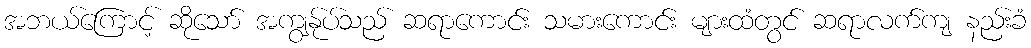
အဘယ်ကြောင့် ဆိုသော် အကျွန်ုပ်သည် ဆရာကောင်း သမားကောင်း များထံတွင် ဆရာလက်ကျ နည်းခံ